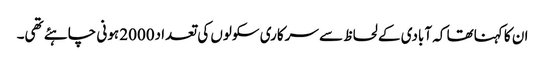
ان کا کہناتھا کہ آبادی کے لحاظ سے سرکاری سکولوں کی تعداد2000 ہونی چاہئے تھی۔